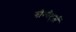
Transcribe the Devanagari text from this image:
गोम्पेर्ट्ज़